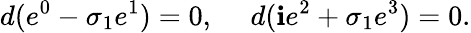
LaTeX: d(e^{0}-\sigma_{1}e^{1})=0,\ \ \ \ \ d(\mathbf{i}e^{2}+\sigma_{1}e^{3})=0.